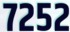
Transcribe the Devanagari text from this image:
७२५२